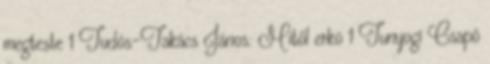
megteste 1 Tudós-Takács János: Mitől erkö 1 Tunyogi Csapó